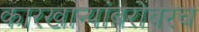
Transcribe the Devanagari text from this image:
कारखान्यांबरोबरच